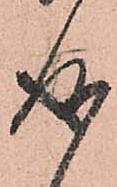
成